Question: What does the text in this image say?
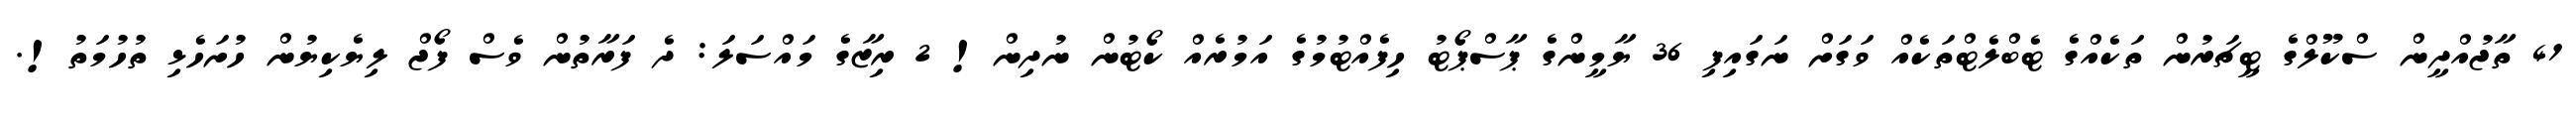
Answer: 41 ތާޖުއްދީން ސްކޫލްގެ ޓީޗަރުން ތަކެއްގެ ޓެބްލެޓްތަކެއް ވަގަށް ނަގައިފި 36 ޔާމީންގެ ޕާސްޕޯޓު ހިފެއްޓުމުގެ އަމުރެއް ކޯޓުން ނުދިން! 2 ރިޒާގެ މައްސަލަ: ދެ ފަރާތުން ވެސް ފޯޖް ލިޔެކިޔުން ހުށަހެޅި ތުހުމަތު!.